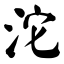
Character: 沱